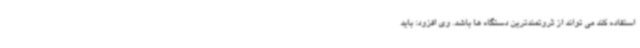
استفاده کند می تواند از ثروتمندترین دستگاه ها باشد. وی افزود: باید